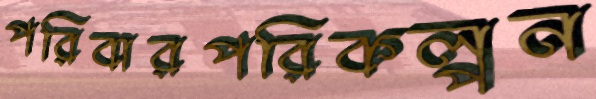
পরিবারপরিকল্পন